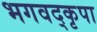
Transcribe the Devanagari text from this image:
भगवद्कृपा